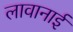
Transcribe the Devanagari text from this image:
लावानाई